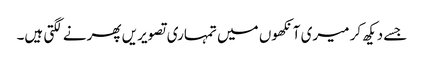
جسے دیکھ کر میری آنکھوں میں تمہاری تصویریں پھرنے لگتی ہیں۔